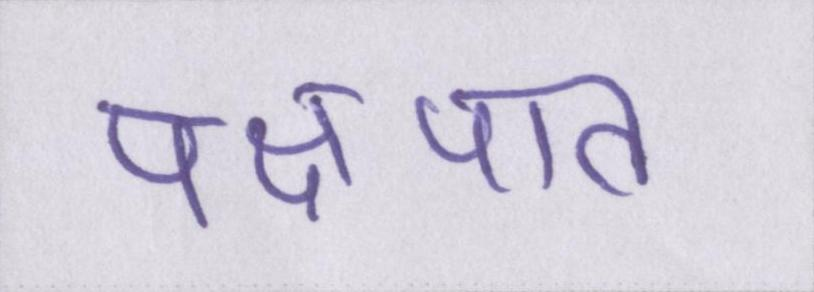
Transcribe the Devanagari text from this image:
पक्षपात